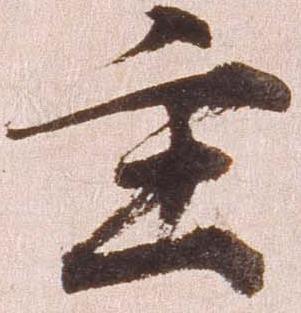
主